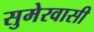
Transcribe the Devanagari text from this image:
सुमेरवासी